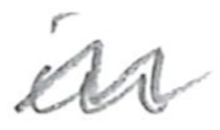
Text: in
Cross-out: wave
Writing tool: pencil